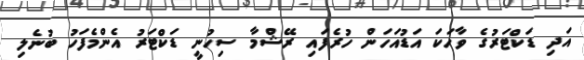
އަދި ޑަކްޓަރުގެ ވާހަކަ އަޑުއަހަން ހުރެފައި ރޭޝްމާ ސިހުނީ ޑަކްޓަރު އެންމެފަހު ބުނެލި